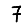
Digit: 7